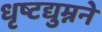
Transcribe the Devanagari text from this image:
धृष्टद्युम्नने